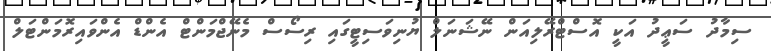
ސިމާދު ސަޢީދު އަކީ އޮސްޓްރޭލިއަން ނޭޝަނަލް ޔުނިވަސިޓީގައި ރިސޯސް މެނޭޖްމަންޓް އެންޑް އެންވައިރޮމަންޓަލް